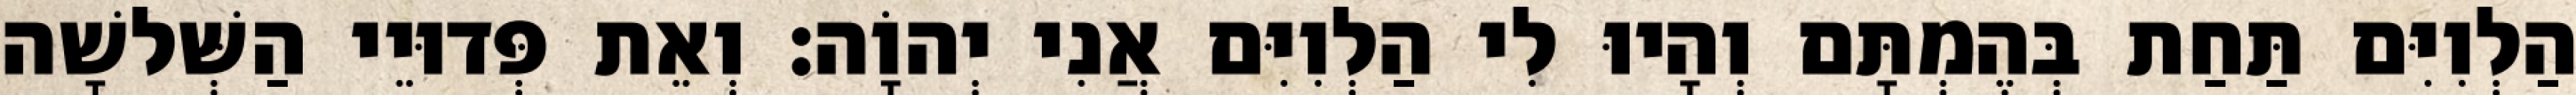
הַלְוִיִּם תַּחַת בְּהֶמְתָּם וְהָיוּ לִי הַלְוִיִּם אֲנִי יְהוָֹה׃ וְאֵת פְּדוּיֵי הַשְּׁלשָׁה